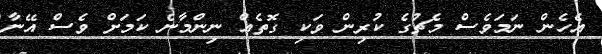
އެހެން ނަމަވެސް މެޗުގެ ކުރިން ވަކި ގޮތެއް ނިންމާނެ ކަމަށް ވެސް އޭނާ